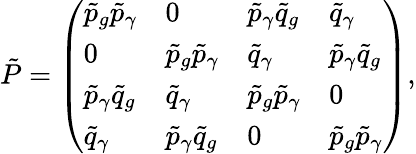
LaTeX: {\tilde{P}}=\left(\begin{array}{llll}{\tilde{p}_{g}\tilde{p}_{\gamma}}&{0}&{\tilde{p}_{\gamma}\tilde{q}_{g}}&{\tilde{q}_{\gamma}}\\ {0}&{\tilde{p}_{g}\tilde{p}_{\gamma}}&{\tilde{q}_{\gamma}}&{\tilde{p}_{\gamma}\tilde{q}_{g}}\\ {\tilde{p}_{\gamma}\tilde{q}_{g}}&{\tilde{q}_{\gamma}}&{\tilde{p}_{g}\tilde{p}_{\gamma}}&{0}\\ {\tilde{q}_{\gamma}}&{\tilde{p}_{\gamma}\tilde{q}_{g}}&{0}&{\tilde{p}_{g}\tilde{p}_{\gamma}}\end{array}\right),